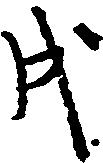
戌